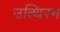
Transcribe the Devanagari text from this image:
उत्थिरम